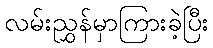
လမ်းညွှန်မှာကြားခဲ့ပြီး